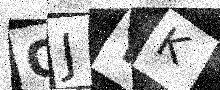
Text: QJYK